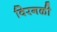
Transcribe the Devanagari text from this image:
विरगळी